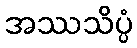
အဿသိပ္ပံ